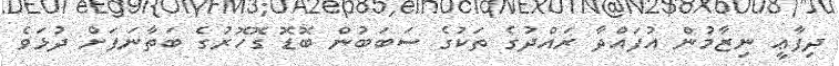
ދިފާޢީ ނިޒާމުން އުފައްދާ ރައްދުގެ ތަކުގެ ސަބަބުން ބޮޑޮ ގޮހޮރުގެ ބަތާނަފަށް ދުޅަވެ